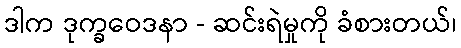
ဒါက ဒုက္ခဝေဒနာ - ဆင်းရဲမှုကို ခံစားတယ်၊